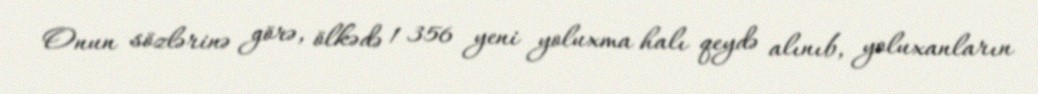
Onun sözlərinə görə, ölkədə 1 356 yeni yoluxma halı qeydə alınıb, yoluxanların